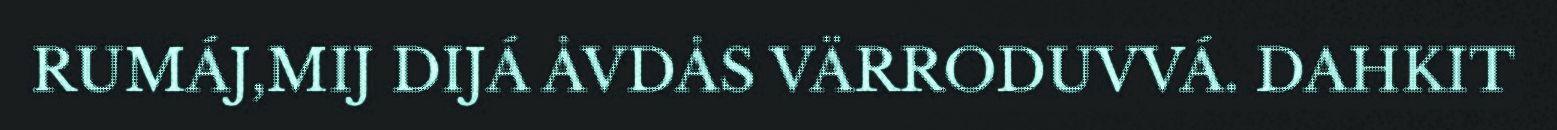
RUMÁJ,MIJ DIJÁ ÅVDÅS VÄRRODUVVÁ. DAHKIT